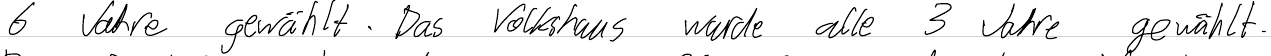
6 Jahre gewählt. Das Volkshaus wurde alle 3 Jahre gewählt